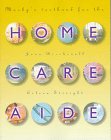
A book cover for Mosby's Textbook for the Home Care Aide, 1e; Joan M. Birchenall RN  MEd; Medical Books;